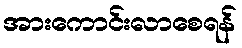
အားကောင်းလာစေရန်